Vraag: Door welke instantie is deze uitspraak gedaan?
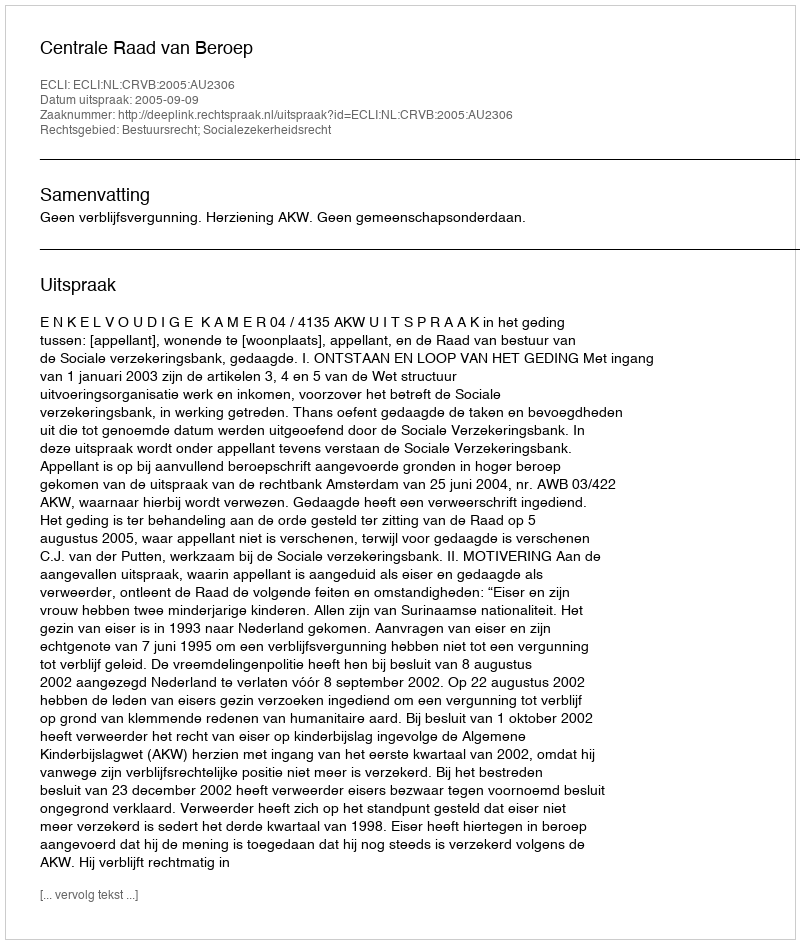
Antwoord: Centrale Raad van Beroep